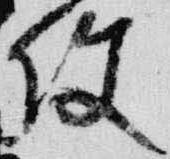
使